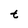
Character: t